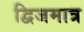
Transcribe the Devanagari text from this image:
द्विजमात्र